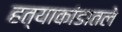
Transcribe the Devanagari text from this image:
हत्याकांडातले